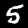
Digit: 5